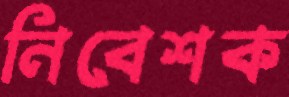
নিবেশক